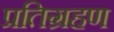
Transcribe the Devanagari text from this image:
प्रतिग्रहण